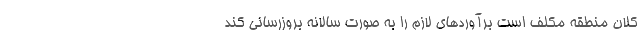
کلان منطقه مکلف است برآوردهای لازم را به صورت سالانه بروزرسانی کند